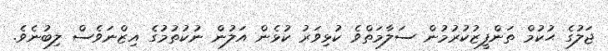
ޖަލުގެ ޙުކުމް ތަންފީޒުކުރުމުން ސަލާމަތްވެ ކުޅިވަރު ކުޅެން އަލުން ނުކުތުމުގެ އިޒްނަވެސް ލިބުނެވެ.